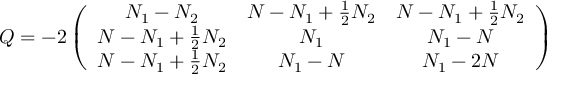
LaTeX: Q = - 2 \left( \begin{array} { c c c } { { N _ { 1 } - N _ { 2 } } } & { { N - N _ { 1 } + \frac 1 2 N _ { 2 } } } & { { N - N _ { 1 } + \frac 1 2 N _ { 2 } } } \\ { { N - N _ { 1 } + \frac 1 2 N _ { 2 } } } & { { N _ { 1 } } } & { { N _ { 1 } - N } } \\ { { N - N _ { 1 } + \frac 1 2 N _ { 2 } } } & { { N _ { 1 } - N } } & { { N _ { 1 } - 2 N } } \end{array} \right)